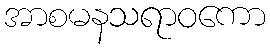
အာစမနသရာဝကော